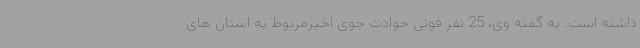
داشته است. به گفته وی، 25 نفر فوتی حوادث جوی اخیرمربوط به استان های